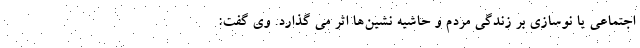
اجتماعی یا نوسازی بر زندگی مردم و حاشیه نشین‌ها اثر می گذارد. وی گفت: